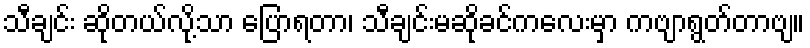
သီချင်း ဆိုတယ်လို့သာ ပြောရတာ၊ သီချင်းမဆိုခင်ကလေးမှာ ကဗျာရွတ်တာဗျ။